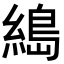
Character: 𦃭